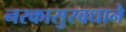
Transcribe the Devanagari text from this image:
नरकासुरवधाने